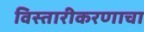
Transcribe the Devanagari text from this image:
विस्तारीकरणाचा